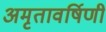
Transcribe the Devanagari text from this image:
अमृतावर्षिणी